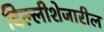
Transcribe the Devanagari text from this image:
दिल्लीशेजारील